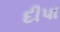
દીપા